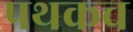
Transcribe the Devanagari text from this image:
पथकच